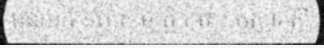
ប្លន់យកទ្រព្យសម្បត្តិ ព្រោះគ្រួសារស្ត្រី